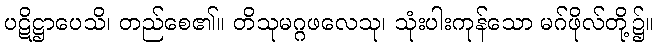
ပဋိဋ္ဌာပေသိ၊ တည်စေ၏။ တိသုမဂ္ဂဖလေသု၊ သုံးပါးကုန်သော မဂ်ဖိုလ်တို့၌။